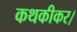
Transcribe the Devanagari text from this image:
कथकीकर।